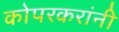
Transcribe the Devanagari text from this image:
कोपरकरांनी